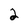
Character: 2